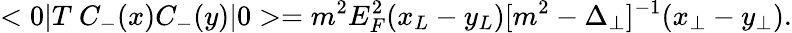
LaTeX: <0|T\ C_{-}(x)C_{-}(y)|0>=m^{2}E_{F}^{2}(x_{L}-y_{L})[m^{2}-\Delta_{\perp}]^{-1}(x_{\perp}-y_{\perp}).